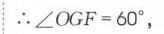
$\therefore \angle OGF = 60^{\circ},$